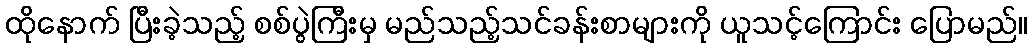
ထိုနောက် ပြီးခဲ့သည့် စစ်ပွဲကြီးမှ မည်သည့်သင်ခန်းစာများကို ယူသင့်ကြောင်း ပြောမည်။